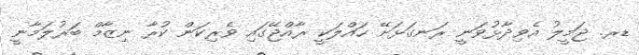
ޑރ. ޖަމީލު އެވިދާޅުވަނީ ރަނގަޅަށޭ ހައްލަކީ ރާއްޖޭގައި ވެރިކަން ކުރާ ނިޒާމް ބަރުލަމާނީ